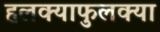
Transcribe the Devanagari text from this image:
हलक्याफुलक्या